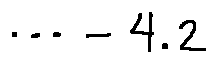
\cdots - 4 . 2